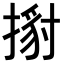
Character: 𢱹